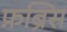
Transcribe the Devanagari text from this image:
फ़ब्रिस